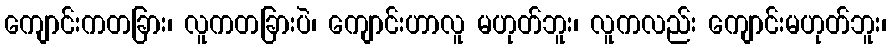
ကျောင်းကတခြား၊ လူကတခြားပဲ၊ ကျောင်းဟာလူ မဟုတ်ဘူး၊ လူကလည်း ကျောင်းမဟုတ်ဘူး၊